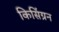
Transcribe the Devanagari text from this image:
किसिंग्रन